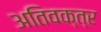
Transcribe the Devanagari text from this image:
अतिवक्त्र